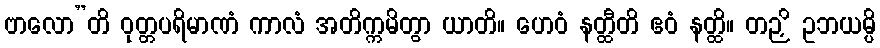
ဗာလော”တိ ဝုတ္တပရိမာဏံ ကာလံ အတိက္ကမိတွာ ယာတိ။ ဟေဝံ နတ္ထီတိ ဧဝံ နတ္ထိ။ တဉှိ ဥဘယမ္ပိ